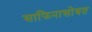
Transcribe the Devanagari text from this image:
साफिनासोबत